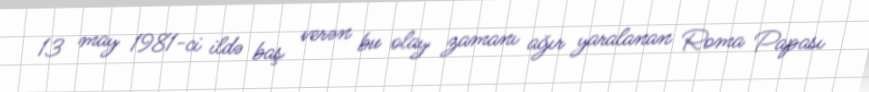
13 may 1981-ci ildə baş verən bu olay zamanı ağır yaralanan Roma Papası